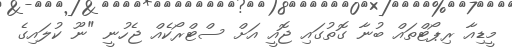
މީޑިއާ ރިޕޯޓްތައް ބުނާ ގޮތުގައި ޖޮއީ އަށް ސްޓްރޯކެއް ޖެހުނީ "ނޫ ކުލައިގެ